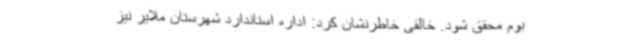
بوم محقق شود. خالقی خاطرنشان کرد: اداره استاندارد شهرستان ملایر نیز